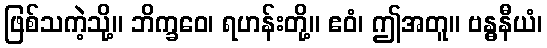
ဖြစ်သကဲ့သို့။ ဘိက္ခဝေ၊ ရဟန်းတို့။ ဧဝံ၊ ဤအတူ။ ဗန္ဓနီယံ၊